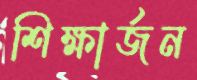
শিক্ষার্জন